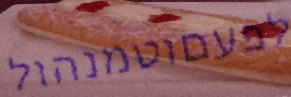
לפעםוטמנהול